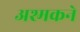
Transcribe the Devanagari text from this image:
अश्मकने